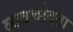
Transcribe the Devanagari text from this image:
व्यवच्छेदता